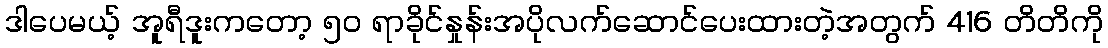
ဒါပေမယ့် အူရီဒူးကတော့ ၅၀ ရာခိုင်နှုန်းအပိုလက်ဆောင်ပေးထားတဲ့အတွက် 416 တိတိကို